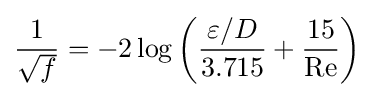
{\frac {1}{\sqrt {f}}}=-2\log \left({\frac {\varepsilon /D}{3.715}}+{\frac {15}{\mathrm {Re} }}\right)